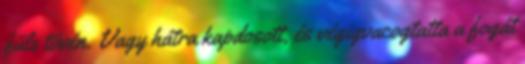
füle tövén. Vagy hátra kapdosott, és végigvacogtatta a fogát